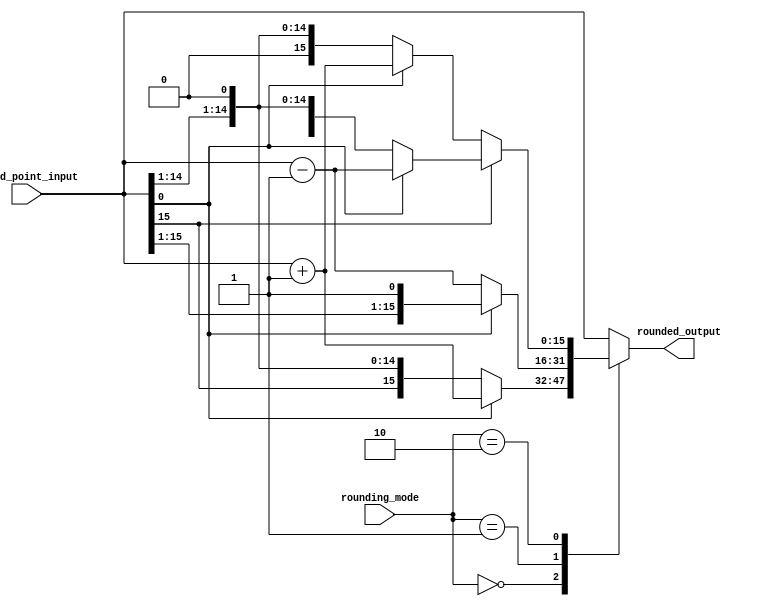
module fixed_point_rounding_unit (
    input wire [15:0] fixed_point_input,
    input wire [1:0] rounding_mode,
    output reg [15:0] rounded_output
);

always @(fixed_point_input, rounding_mode)
begin
    case(rounding_mode)
        2'b00: begin // round up
            if(fixed_point_input[0] == 1)
                rounded_output <= fixed_point_input + 1;
            else
                rounded_output <= fixed_point_input;
        end
        
        2'b01: begin // round down
            if(fixed_point_input[0] == 1)
                rounded_output <= fixed_point_input;
            else
                rounded_output <= fixed_point_input - 1;
        end
        
        2'b10: begin // round to nearest
            if(fixed_point_input[15] == 0) // positive number
            begin
                if(fixed_point_input[0] == 1)
                    rounded_output <= fixed_point_input + 1; // round up
                else
                    rounded_output <= fixed_point_input; // round down
            end
            else // negative number
            begin
                if(fixed_point_input[0] == 1)
                    rounded_output <= fixed_point_input - 1; // round down
                else
                    rounded_output <= fixed_point_input; // round up
            end
        end
        
        default: rounded_output <= fixed_point_input; // default case
    endcase
end

endmodule